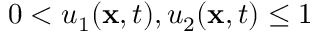
0 < u _ { 1 } ( { \mathbf { x } } , t ) , u _ { 2 } ( { \mathbf { x } } , t ) \leq 1